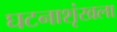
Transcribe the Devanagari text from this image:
घटनाशृंखला